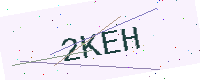
Text: 2KEH